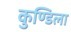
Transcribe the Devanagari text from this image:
कुण्डिला